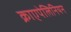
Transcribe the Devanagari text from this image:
क्राएपेलिनियन